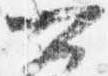
可